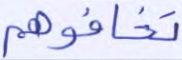
تخافوهم